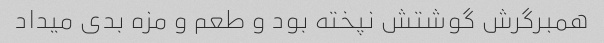
همبرگرش گوشتش نپخته بود و طعم و مزه بدی میداد